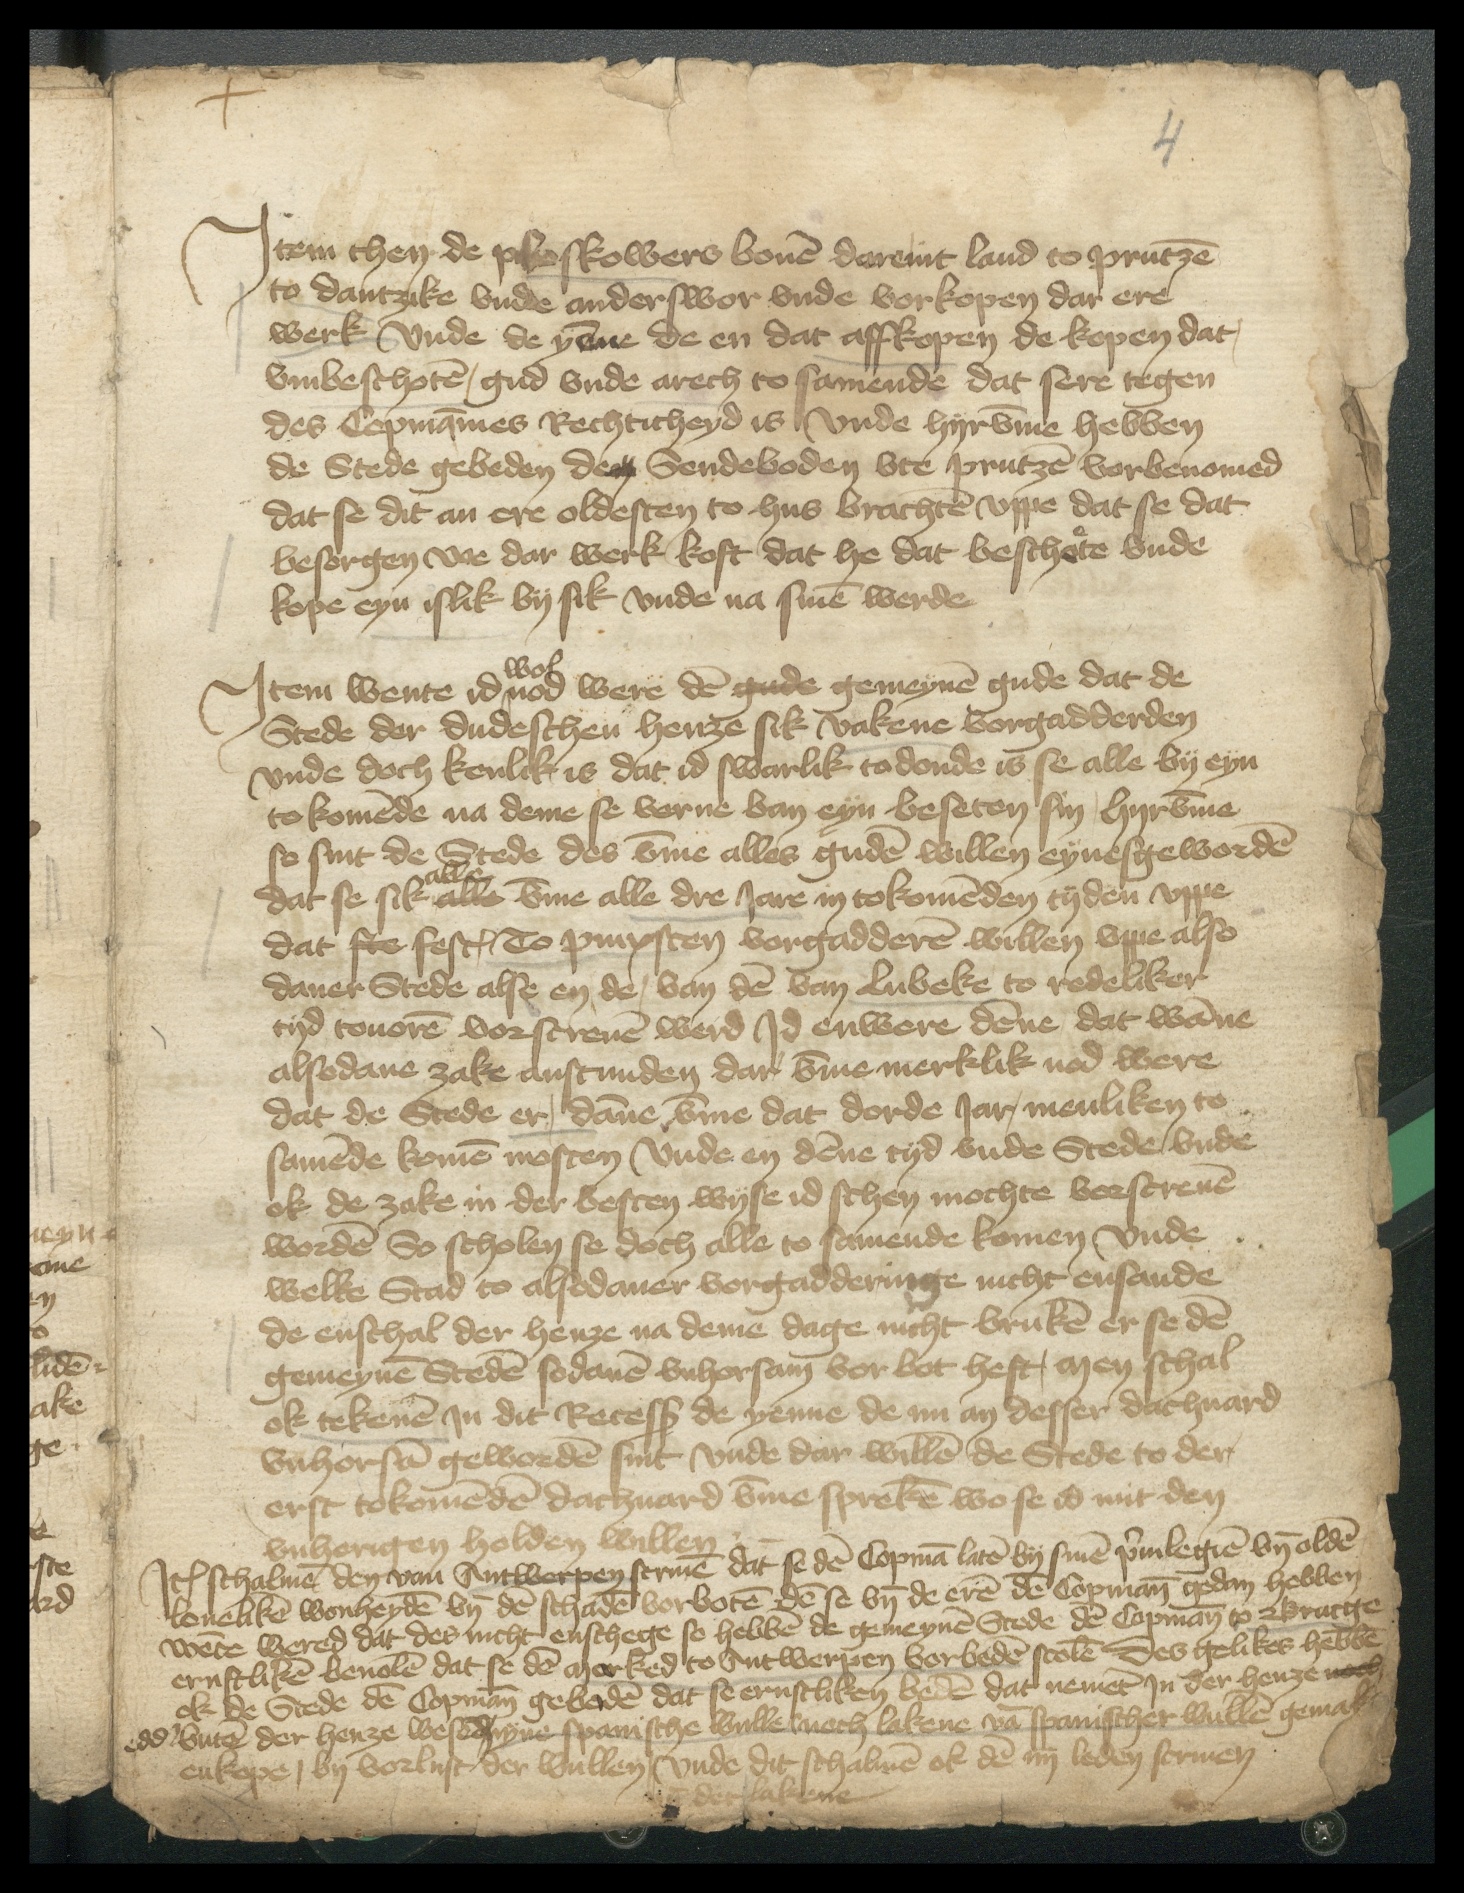
Jtem then de Pleskowers bouen dare int land to Prutzen
to Dantzike vnde anderswor vnde vorkopen dar ere
werk Vnde de yenne de en dat affkopen de kopen dat,
vmbeschoten, gud vnde arech to samende dat sere tegen
des Copmanmes Rechticheyd is Vnde hyrvmme hebben
de Stede gebeden den Sendeboden vte Prutzen vorbenomed
dat se dit an ere oldesten to hus brachten vppe dat se dat
besorgen we dar werk koft dat he dat beschote vnde
kope eyn islik by sik vnde na sinen werde

wol
Jtem wente id ^ nod were den gude gemeynen gude dat de
Stede der dudeschen henze sik vakene vorgadderden
vnde doch kenlik is dat id swarlik to donde is se alle by eyn
to komende na deme se vorne van eyn beseten sin Hyrvmme
so sint de Stede des vmme alles guden willen eynesgeworden
alle
dat se sik alle vmme alle dre Jare in tokomenden tyden vppe
dat ste fest To Pinxsten vorgadderen willen vpe also
daner Stede alse en de, van den van Lubeke to redeliker
tyd touoren vorscreuen werd Jd enwere denne dat wanne
alsodane zake anstunden dar vmme merklik nod were
dat de Stede er, danne vmme dat dorde Jar, menliken to
samende komen mosten Vnde en denne tyd vnde Stede, vnde
ok de zake in der besten wyse id schen mochte vorscreuen
worden So scholen se doch alle to samende komen vnde
welke Stad to alsodaner vorgadderinge nicht ensande
de enschal der henze na deme dage nicht bruken er se den
gemeynen Steden sodanen vnhorsam vor bot heft, men schal
ok tekenen Jn dit Recesß de yenne de nu an desser dachuard
vnhorsam geworden sint vnde dar willen de Stede to der
erst tokomenden dachuard vmme spreken wo se id mit den
vnhorigen holden willen

Jtem schalmen den van Antwerpen scriue dat se den Copman laten by sinen priuilegien vnde olden
loueliken wonheyden vnde den schaden vorboten den se vnde de eren den Copmann gedan hebben
wente wered dat des nicht en schege se hebben de gemeynen Stede den Copmann to Brucge
ernstliken beuolen dat se den marked to Antwerpen vorbaden scolen des gelikes hebben
ok de Stede den Copmann gebeden dat se ernstliken beden dat nement Jn der henze noch
edder buten der henze wesed nyne spanische wulle noch lakene van spanischer wullen gemakt
en kope, by vorlust der wullen| Vnde dit schalmen ok den iiii leden scriuen
vnde der lakene